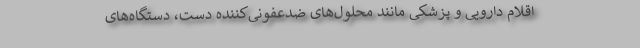
اقلام دارویی و پزشکی مانند محلول‌های ضدعفونی‌کننده دست، دستگاه‌های